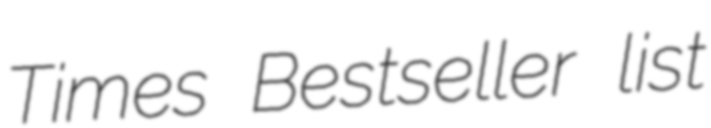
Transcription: Times Bestseller list